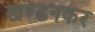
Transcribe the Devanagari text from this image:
खण्डनकर